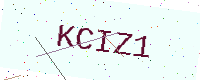
Text: KCIZ1